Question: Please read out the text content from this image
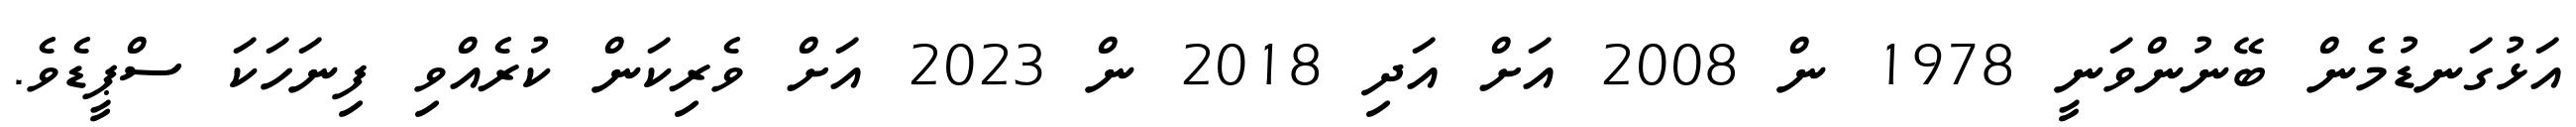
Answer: އަޅުގަނޑުމެން ބޭނުންވަނީ 1978 ން 2008 އަށް އަދި 2018 ން 2023 އަށް ވެރިކަން ކުރެއްވި ފިނަހަކަ ސްޕީޑެވެ.